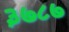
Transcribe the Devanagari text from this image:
३७८७